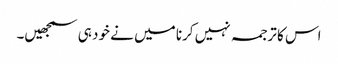
اس کا ترجمہ نہیں کرنا میں نے خود ہی سمجھیں۔